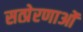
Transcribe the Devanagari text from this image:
सत्प्रेरणाओं